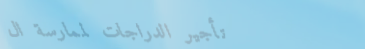
تأجير الدراجات لممارسة ال